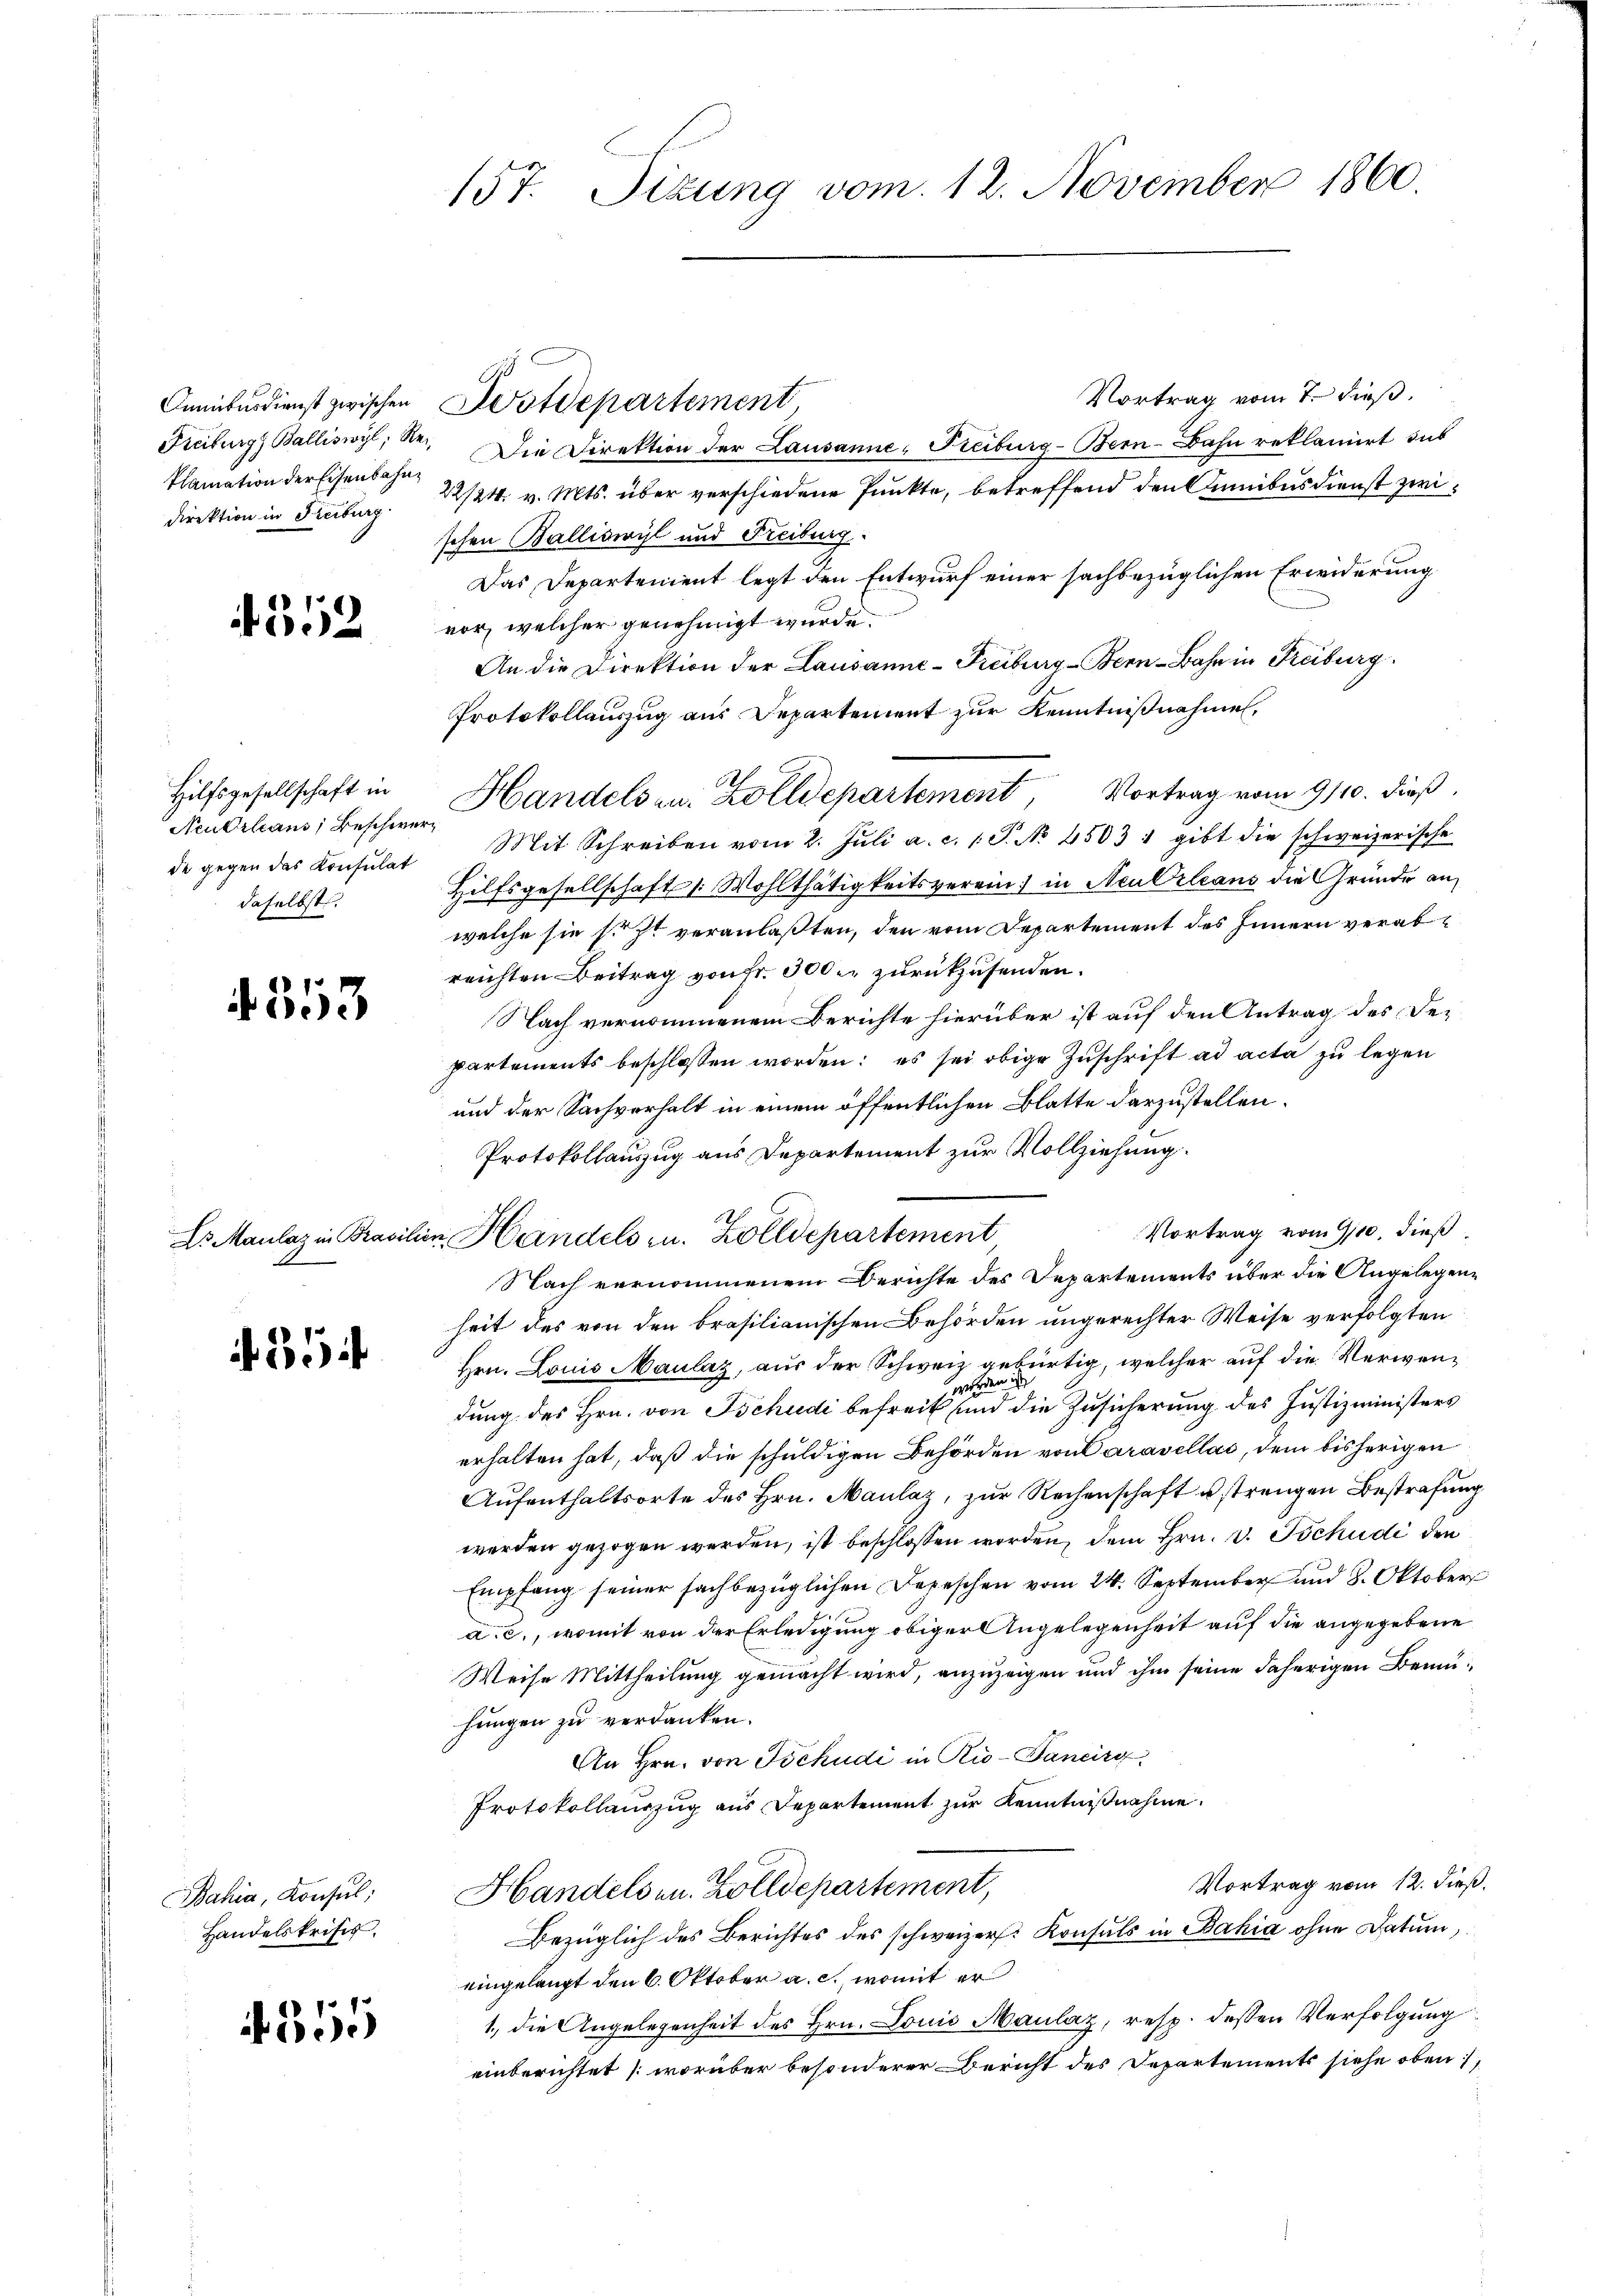
Omnibusdienst zwischen
Freiburg, Balliswyl, Rei¬
Namation der Eisenbahndirektion in Freiburg

352

Hilfsgesellschaft in
Neubilians, Beschwerz
de gegen das Konsulat
daselbst.

4553

Dr Maulaz in Brasili

35

Bahia, Konsul
Handelskrisis.

if. 1355

157. Sizung vom 12. November 1860

Vortrag vom 7. dieß.
Die Direktion der Lausanne, Freiburg-Bern-Bahn reklamirt sub
22/24. v. Mts. über verschiedene Punkte, betreffend den Dinibus dienst zwischen Balliswyl und Freiburg.
Das Departenient legt den Entwurf einer sachbezüglichen Erwiderung
vor, welcher genehmigt wurde.
An die Direktion der Lausanne-Freiburg - Bern-Bahn in Freiburg.
Protokollauszug aus Departement zur Kenntnißnahmen,
Handelsen. Zolldepartement, Vortrag vom 9/10. dieß
Mit Schreiben vom 2. Jŭli a. c. 1. P. No. 45031 gibt die schweizerische
Hilfsgesellschaft 1 Wohlthätigkeitsverein) in Neu Orleans die Gründe anwelche sie sicht veranlaßten, den vom Departement des Innern verabreichten Beitrag von Fr. 300 zurückzusenden.
Nach vernommenem Berichte hierüber ist auf den Antrag des Departements beschlossen worden: es sei obige Zuschrift ad acta zu legen
und der Sachverhalt in einem öffentlichen Blatte darzustellen.
Protokollanzug aus Departement zur Vollziehung.
Vortrag vom 9/10. dieß
in Handels zu. Zolldepartement
Nach vernommenem Berichte des Departements über die Angelegenheit des von den brasilianischen Behörden ungerechter Weise verfolgten
Hrn. Louis Maulaz, aus der Schweiz gebürtig, welcher auf die Verwenmden is
dung des Hrn. von Tschudi befreit und die Zusicherung des Justizministers
erhalten hat, daß die schuldigen Behörden von Caravellac, dem bisherigen
Aufenthaltsorte des Hrn. Maulaz, zur Rechenschaft u strengen Bestrafung
werden gezogen werden, ist beschlossen worden, dem Hrn. v. Tschudi den
Empfang seiner sachbezüglichen Depeschen vom 24. September und 8. Oktober
a. c., womit von der Erledigung obiger Angelegenheit auf die angegebene
Weise Mittheilung gemacht wird, anzuzeigen und ihm seine daherigen Bemühungen zu verdanken.
An Hrn. von Tschudi in Rio-Janeirg
Protokollauszug aus Departement zŭr Kenntniβnahme.
Vortrag vom 12. dieß.
Handelsen. Zolldepartement,
Bezüglich des Berichtes des schweizer. Konsuls in Bahia ohne Datum
eingelangt den 6. Oktober a. c., womit er
1., die Angelegenheit des Hrn. Louis Maulaz, resp. dessen Verfolgung
einberichtet (worüber besonderer Bericht des Departements siehe oben,

Dostdepartement

.